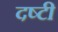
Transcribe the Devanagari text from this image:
दष्टी